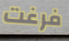
فرغت